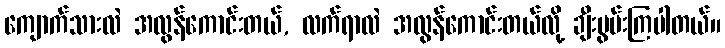
ကျောက်သားလဲ အလွန်ကောင်းတယ်, လက်ရာလဲ အလွန်ကောင်းတယ်လို့ ချီးမွမ်းကြပါတယ်။